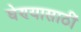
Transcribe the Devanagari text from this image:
घेण्यासाठीं